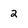
Character: 2